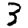
Digit: 3